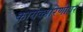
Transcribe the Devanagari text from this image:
कार्यकारिणीवर